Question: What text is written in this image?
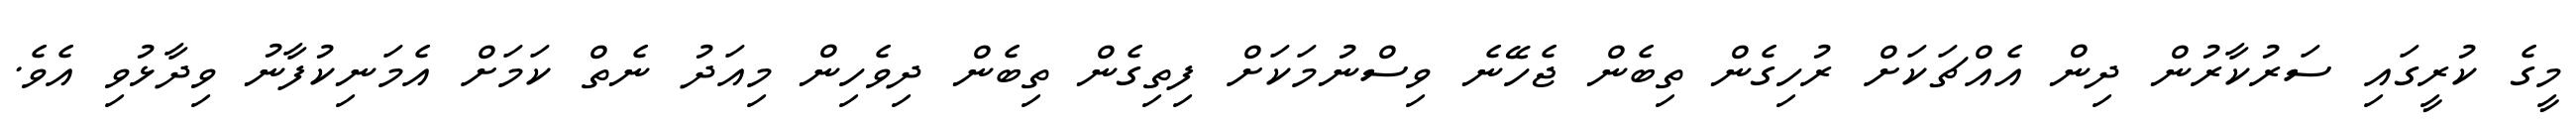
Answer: މީގެ ކުރީގައި ސަރުކާރުން ދިން އެއްޗަކަށް ރުހިގެން ތިބެން ޖެހޭނެ ވިސްނުމަކަށް ފިތިގެން ތިބެން ދިވެހިން މިއަދު ނެތް ކަމަށް އެމަނިކުފާނު ވިދާޅުވި އެވެ.